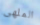
الملهى